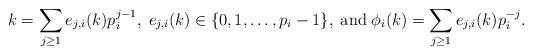
LaTeX: \begin{align*} k=\sum_{j\geq 1}e_{j,i}(k) p_i^{j-1},\; e_{j,i}(k) \in \{0,1, \ldots ,p_i-1\}, \; {\rm and} \; \phi_i(k)= \sum_{j\geq 1}e_{j,i}(k) p_i^{-j}. \end{align*}